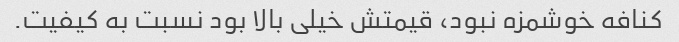
کنافه خوشمزه نبود، قیمتش خیلی بالا بود نسبت به کیفیت.